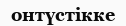
онтүстікке